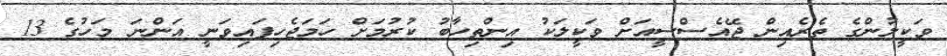
ވަކީލުންގެ ތެރެއިން ޖޭއެސްސީއަށް ވަކީލަކު އިންތިހާބު ކުރުމަށް ހަމަޖެހިފައިވަނީ އަންނަ މަހުގެ 13